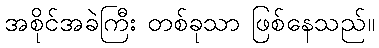
အစိုင်အခဲကြီး တစ်ခုသာ ဖြစ်နေသည်။